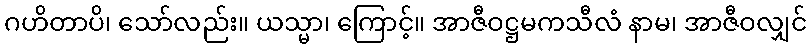
ဂဟိတာပိ၊ သော်လည်း။ ယသ္မာ၊ ကြောင့်။ အာဇီဝဋ္ဌမကသီလံ နာမ၊ အာဇီဝလျှင်